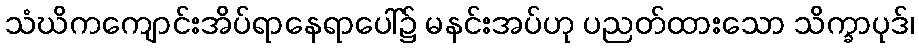
သံဃိကကျောင်းအိပ်ရာနေရာပေါ်၌ မနင်းအပ်ဟု ပညတ်ထားသော သိက္ခာပုဒ်၊